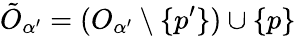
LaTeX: \tilde{O}_{\alpha^{\prime}}=(O_{\alpha^{\prime}}\setminus\{ p^{\prime}\} )\cup\{ p\}